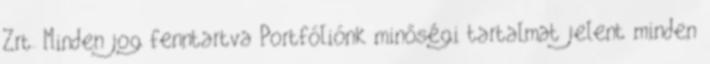
Zrt. Minden jog fenntartva Portfóliónk minőségi tartalmat jelent minden